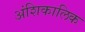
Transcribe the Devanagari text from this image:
अंशिकालिक